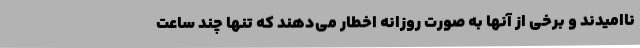
ناامیدند و برخی از آنها به صورت روزانه اخطار می‌دهند که تنها چند ساعت